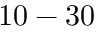
1 0 - 3 0